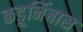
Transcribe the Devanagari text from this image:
कडूनिंबास